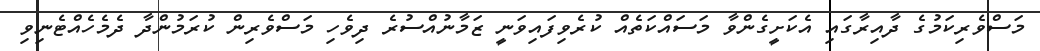
މަސްވެރިކަމުގެ ދާއިރާގައި އެކަށީގެންވާ މަސައްކަތެއް ކުރެވިފައިވަނީ ޒަމާނުއްސުރެ ދިވެހި މަސްވެރިން ކުރަމުންދާ ދެމެހެއްޓެނިވި